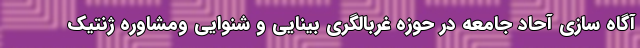
آگاه سازی آحاد جامعه در حوزه غربالگری بینایی و شنوایی ومشاوره ژنتیک